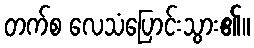
တက်စ လေသံပြောင်းသွား၏။